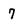
Character: 7